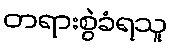
တရားစွဲခံရသူ